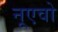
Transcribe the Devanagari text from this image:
नूएवो